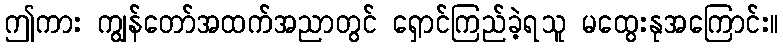
ဤကား ကျွန်တော်အထက်အညာတွင် ရှောင်ကြည်ခဲ့ရသူ မထွေးနုအကြောင်း။